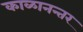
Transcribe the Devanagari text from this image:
काळानन्तर